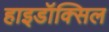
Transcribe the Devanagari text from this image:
हाइडॉक्सिल